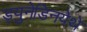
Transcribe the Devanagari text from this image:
ड्युनेडिनयेथे